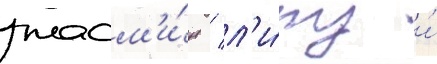
жасм'и́н / л'и́пу и́